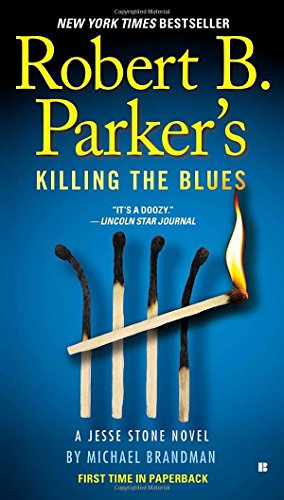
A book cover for Killing the Blues (A Jesse Stone Novel); Michael Brandman; Mystery, Thriller & Suspense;